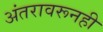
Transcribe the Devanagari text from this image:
अंतरावरूनही